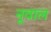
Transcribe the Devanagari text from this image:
नूवाल